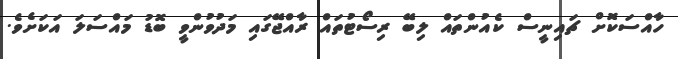
ހާއްސަކޮށް ޗައިނީސް ކެއުންތައް ލިބޭ ރިސޯޓުތައް ރާއްޖޭގައި މަދުވުންވީ ބޮޑު މައްސަލަ އަކަށެވެ.